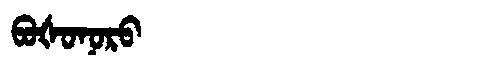
Manchu: ᠪᠣᡧᠣᠨᠣᡵᠣ
Romanization: BOŠONORO